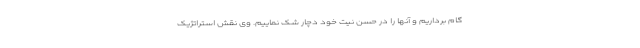
گام برداریم و آنها را در حسن نیت خود دچار شک نماییم. وی نقش استراتژیک